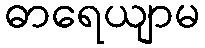
ဓာရေယျာမ